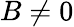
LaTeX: B\neq 0